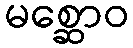
မစ္ဆောဝ